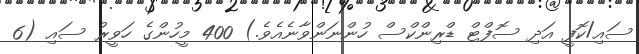
ސައި/ކޮފީ އަދި ސޮފްޓް ޑްރިންކްސް ހުންނަންވާނެއެވެ.) 400 މީހުންގެ ހަވީރު ސައި (6